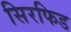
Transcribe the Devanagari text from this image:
सिरफिड